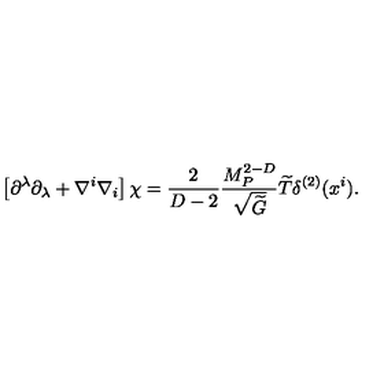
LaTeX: \left[ \partial ^ { \lambda } \partial _ { \lambda } + \nabla ^ { i } \nabla _ { i } \right] \chi = { \frac { 2 } { D - 2 } } { \frac { M _ { P } ^ { 2 - D } } { \sqrt { \widetilde G } } } { \widetilde T } \delta ^ { ( 2 ) } ( x ^ { i } ) .